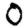
Digit: 0